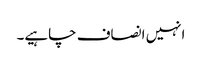
انہیں انصاف چاہیے۔